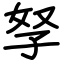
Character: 孥